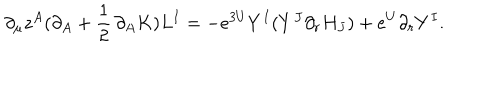
\partial _ { \mu } z ^ { A } ( \partial _ { A } + { \frac { 1 } { 2 } } \, \partial _ { A } K ) L ^ { I } = - e ^ { 3 U } Y ^ { I } ( { Y } ^ { J } \partial _ { r } H _ { J } ) + e ^ { U } \partial _ { r } Y ^ { I } .